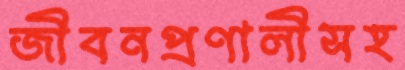
জীবনপ্রণালীসহ